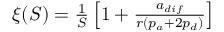
\begin{array} { r } { \xi ( S ) = \frac { 1 } { S } \left[ 1 + \frac { a _ { d i f } } { r ( p _ { a } + 2 p _ { d } ) } \right] } \end{array}